Madras plague regulations and rules - Volume 1
Disease focus: Plague
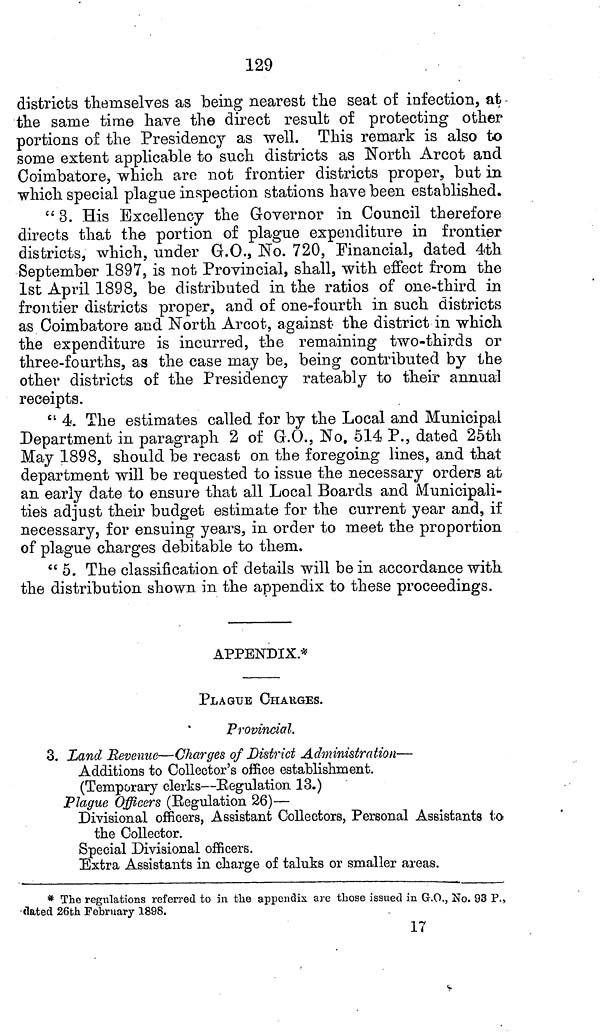
129
districts themselves as being nearest the seat of infection, at
the same time have the direct result of protecting other
portions of the Presidency as well. This remark is also to
some extent applicable to such districts as North Arcot and
Coimbatore, which are not frontier districts proper, but in
which special plague inspection stations have been established.
" 3. His Excellency the Governor in Council therefore
directs that the portion of plague expenditure in frontier
districts, which, under G.O., No. 720, Financial, dated 4th
September 1897, is not Provincial, shall, with effect from the
1st April 1898, be distributed in the ratios of one-third in
frontier districts proper, and of one-fourth in such districts
as Coimbatore and North Arcot, against the district in which
the expenditure is incurred, the remaining two-thirds or
three-fourths, as the case may be, being contributed by the
other districts of the Presidency rateably to their annual
receipts.
" 4. The estimates called for by the Local and Municipal
Department in paragraph 2 of G.O., No. 514 P., dated 25th
May 1898, should be recast on the foregoing lines, and that
department will be requested to issue the necessary orders at
an early date to ensure that all Local Boards and Municipali-
ties adjust their budget estimate for the current year and, if
necessary, for ensuing years, in order to meet the proportion
of plague charges debitable to them.
"5. The classification of details will be in accordance with
the distribution shown in the appendix to these proceedings.
APPENDIX*
PLAGUE CHARGES.
Provincial.
3. Land Revenue—Charges of District Administration—
Additions to Collector's office establishment.
(Temporary clerks—Regulation 13.)
Plague Officers (Regulation 26)—
Divisional officers, Assistant Collectors, Personal Assistants to
the Collector.
Special Divisional officers.
Extra Assistants in charge of taluks or smaller areas.
* The regulations referred to in the appendix are those issued in G.O., No. 93 P.,
dated 26th February 1898.
17